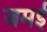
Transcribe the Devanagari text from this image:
जमई